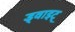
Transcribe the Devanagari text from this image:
ड्वाइट्